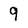
Character: 9